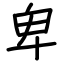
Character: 卑